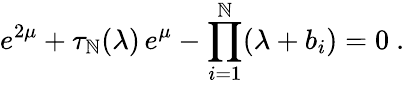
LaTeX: e^{2\mu}+\tau_{\mathbb{N}}(\lambda)\, e^{\mu}-\prod_{i=1}^{\mathbb{N}}(\lambda+b_{i})=0~.